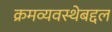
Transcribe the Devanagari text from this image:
क्रमव्यवस्थेबद्दल